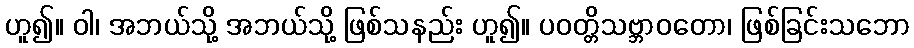
ဟူ၍။ ဝါ၊ အဘယ်သို့ အဘယ်သို့ ဖြစ်သနည်း ဟူ၍။ ပဝတ္တိသဗ္ဘာဝတော၊ ဖြစ်ခြင်းသဘော